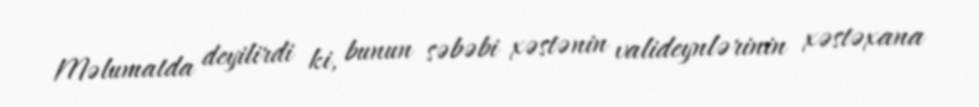
Məlumatda deyilirdi ki, bunun səbəbi xəstənin valideynlərinin xəstəxana